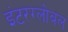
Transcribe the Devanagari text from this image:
इंटरग्लोबल